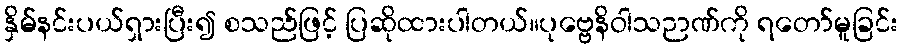
နှိမ်နင်းပယ်ရှားပြီး၍ စသည်ဖြင့် ပြဆိုထားပါတယ်။ပုဗ္ဗေနိဝါသဉာဏ်ကို ရတော်မူခြင်း